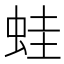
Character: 蛙